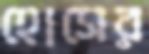
হোসের